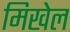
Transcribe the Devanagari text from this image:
मिखेल